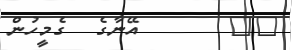
٧٩       އޭނާގެ  ގެމީހުން